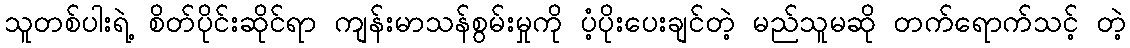
သူတစ်ပါးရဲ့ စိတ်ပိုင်းဆိုင်ရာ ကျန်းမာသန်စွမ်းမှုကို ပံ့ပိုးပေးချင်တဲ့ မည်သူမဆို တက်ရောက်သင့် တဲ့